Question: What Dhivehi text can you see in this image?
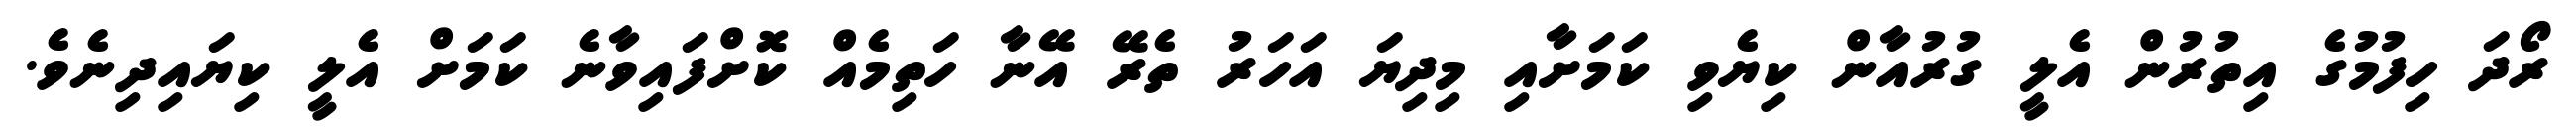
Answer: ރޯދަ ހިފުމުގެ އިތުރުން އެލީ ގުރުއާން ކިޔެވި ކަމަށާއި މިދިޔަ އަހަރު ތެރޭ އޭނާ ހަތިމެއް ކޮށްފައިވާނެ ކަމަށް އެލީ ކިޔައިދިނެވެ.